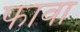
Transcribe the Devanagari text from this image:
फावा